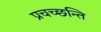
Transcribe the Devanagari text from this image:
प्रचच्छन्ति